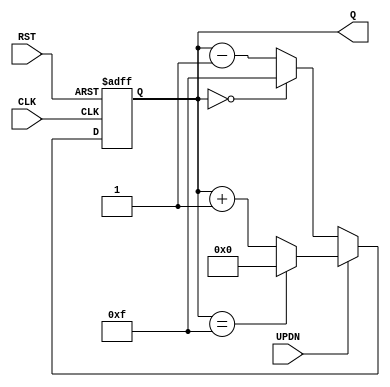
module UPDN_CNT(
    input RST, CLK, UPDN,
    output reg [3:0] Q
);


always @(posedge RST or posedge CLK)
 begin
  if (RST) Q = 4'b000;
  else if (UPDN)
   if (Q == 4'b1111 ) Q = 4'b0000;
   else Q = Q + 1;
  else if (~UPDN)
   if (Q == 4'b0000 ) Q = 4'b1111;
   else Q = Q - 1;
 end
endmodule